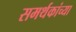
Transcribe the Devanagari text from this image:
समर्थकांच्या